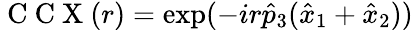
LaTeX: \mathrm{~C~C~X~}(r)=\exp(-ir\hat{p}_{3}(\hat{x}_{1}+\hat{x}_{2}))